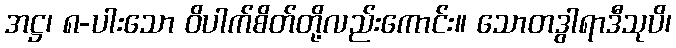
အဋ္ဌ၊ ၈-ပါးသော ဝိပါက်စိတ်တို့လည်းကောင်း။ သောတဒွါရာဒီသုပိ၊